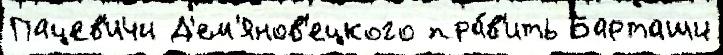
Пацев'ичи Д'ем'янов'ецкого пра́в'ить Барташи